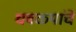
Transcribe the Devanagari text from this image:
धवळ्यांचे